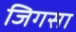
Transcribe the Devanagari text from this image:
जिगसा